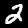
Digit: 2